Document type: Dowry
Year: 1238
Scribe: Berenguer Jaume
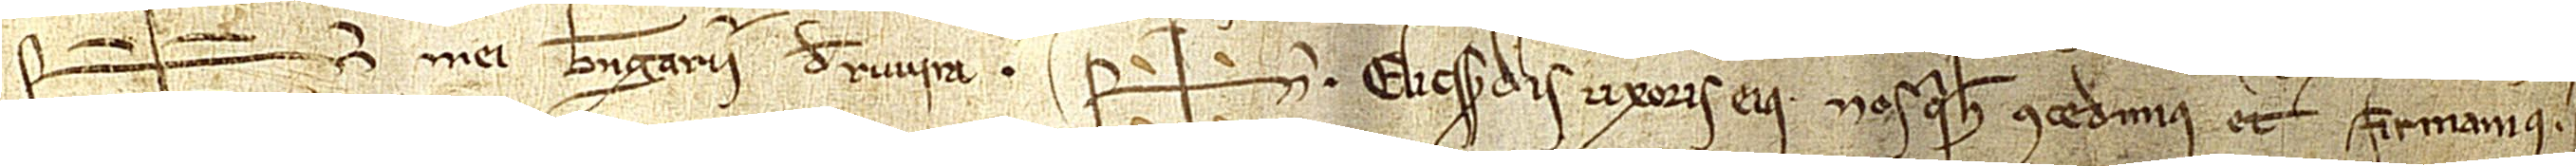
Sig+num mei Berengarii de Ruvira, Sig+num Elicsendis, uxoris eius, nos qui hec concedimus et firmamus.